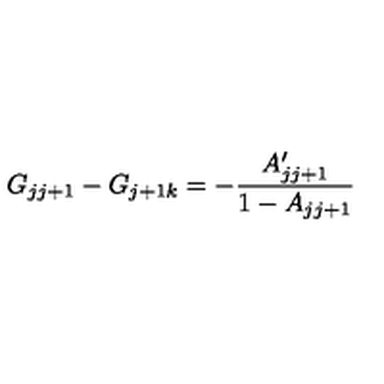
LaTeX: G _ { j j + 1 } - G _ { j + 1 k } = - { \frac { A \sp \prime _ { j j + 1 } } { 1 - A _ { j j + 1 } } }